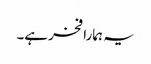
یہ ہمارا فخر ہے۔